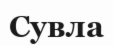
Сувла